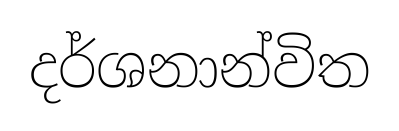
දර්ශනාන්විත